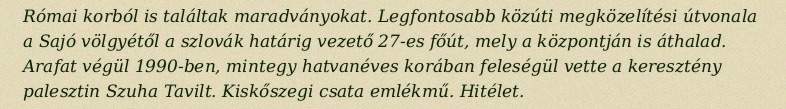
Római korból is találtak maradványokat. Legfontosabb közúti megközelítési útvonala a Sajó völgyétől a szlovák határig vezető 27-es főút, mely a központján is áthalad. Arafat végül 1990-ben, mintegy hatvanéves korában feleségül vette a keresztény palesztin Szuha Tavilt. Kiskőszegi csata emlékmű. Hitélet.